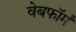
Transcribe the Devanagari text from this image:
वेबफॉर्म